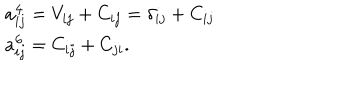
\begin{array} { l } { { a _ { i j } ^ { \bf 4 } = V _ { i j } + C _ { i j } = \delta _ { i j } + C _ { i j } } } \\ { { a _ { i j } ^ { \bf 6 } = C _ { i j } + C _ { j i } . } } \\ \end{array}